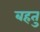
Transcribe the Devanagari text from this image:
बहतु